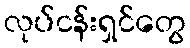
လုပ်ငန်းရှင်တွေ